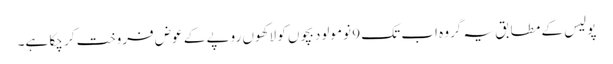
پولیس کے مطابق یہ گروہ اب تک 9 نومولود بچوں کو لاکھوں روپے کے عوض فروخت کر چکا ہے۔